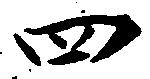
四